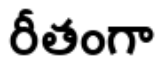
రీతంగా